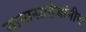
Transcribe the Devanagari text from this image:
नानासाहेबांनीच